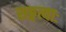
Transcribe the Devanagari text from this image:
सङ्गत्याः